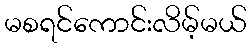
မစရင်ကောင်းလိမ့်မယ်